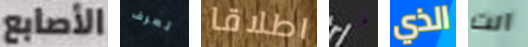
الأصابع تعرف اطلاقا قد الذي انت